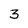
Character: 3